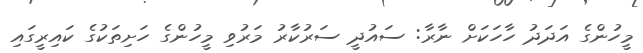
މީހުންގެ އަދަދު ހާހަކަށް ނާރާ: ސައުދީ ސަރުކާރު މަރުވި މީހުންގެ ހަށިތަކުގެ ކައިރީގައި